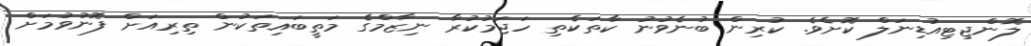
ލޮންޖިޓިއުޑިނަލް ކޮށެވެ. ކުރިން ބުނެވުނު ކާތަކެތި ހަޖަމުކުރާ ނިޒާމްގެ މަތީބައިތަކުން ތިރިއަށް ފޮނުވުމަށް